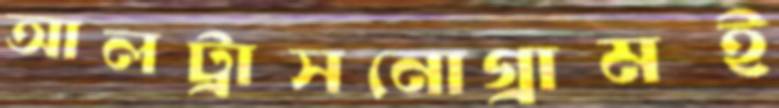
আলট্রাসনোগ্রামই